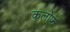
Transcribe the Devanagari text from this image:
कर्लोफ